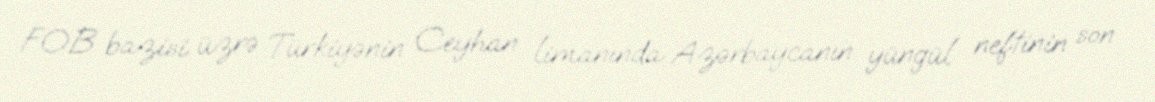
FOB bazisi üzrə Türkiyənin Ceyhan limanında Azərbaycanın yüngül neftinin son